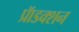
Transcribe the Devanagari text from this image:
प्रॅाडक्शन